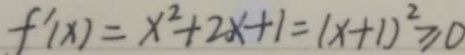
f ^ { \prime } ( x ) = x ^ { 2 } + 2 x + 1 = ( x + 1 ) ^ { 2 } \geq 0